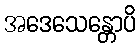
အဒေသေန္တောပိ